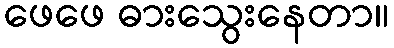
ဖေဖေ ဓားသွေးနေတာ။